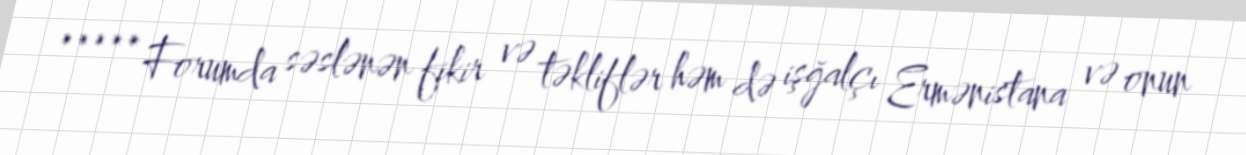
***** Forumda səslənən fikir və təkliflər həm də işğalçı Ermənistana və onun